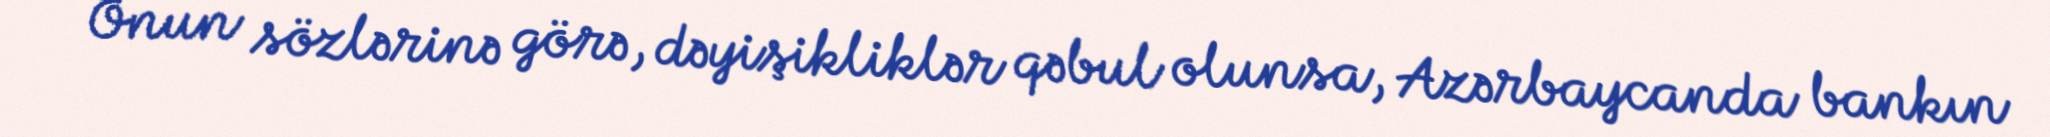
Onun sözlərinə görə, dəyişikliklər qəbul olunsa, Azərbaycanda bankın